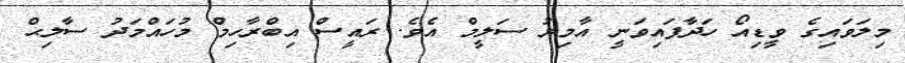
މިލަވައިގެ ވީޑިއޯ ހަދާފައިވަނީ އާމިރު ސަލީމް އެވެ. ރައީސް އިބްރާހިމް މުހައްމަދު ސާލިޙް